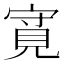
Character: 𲁎